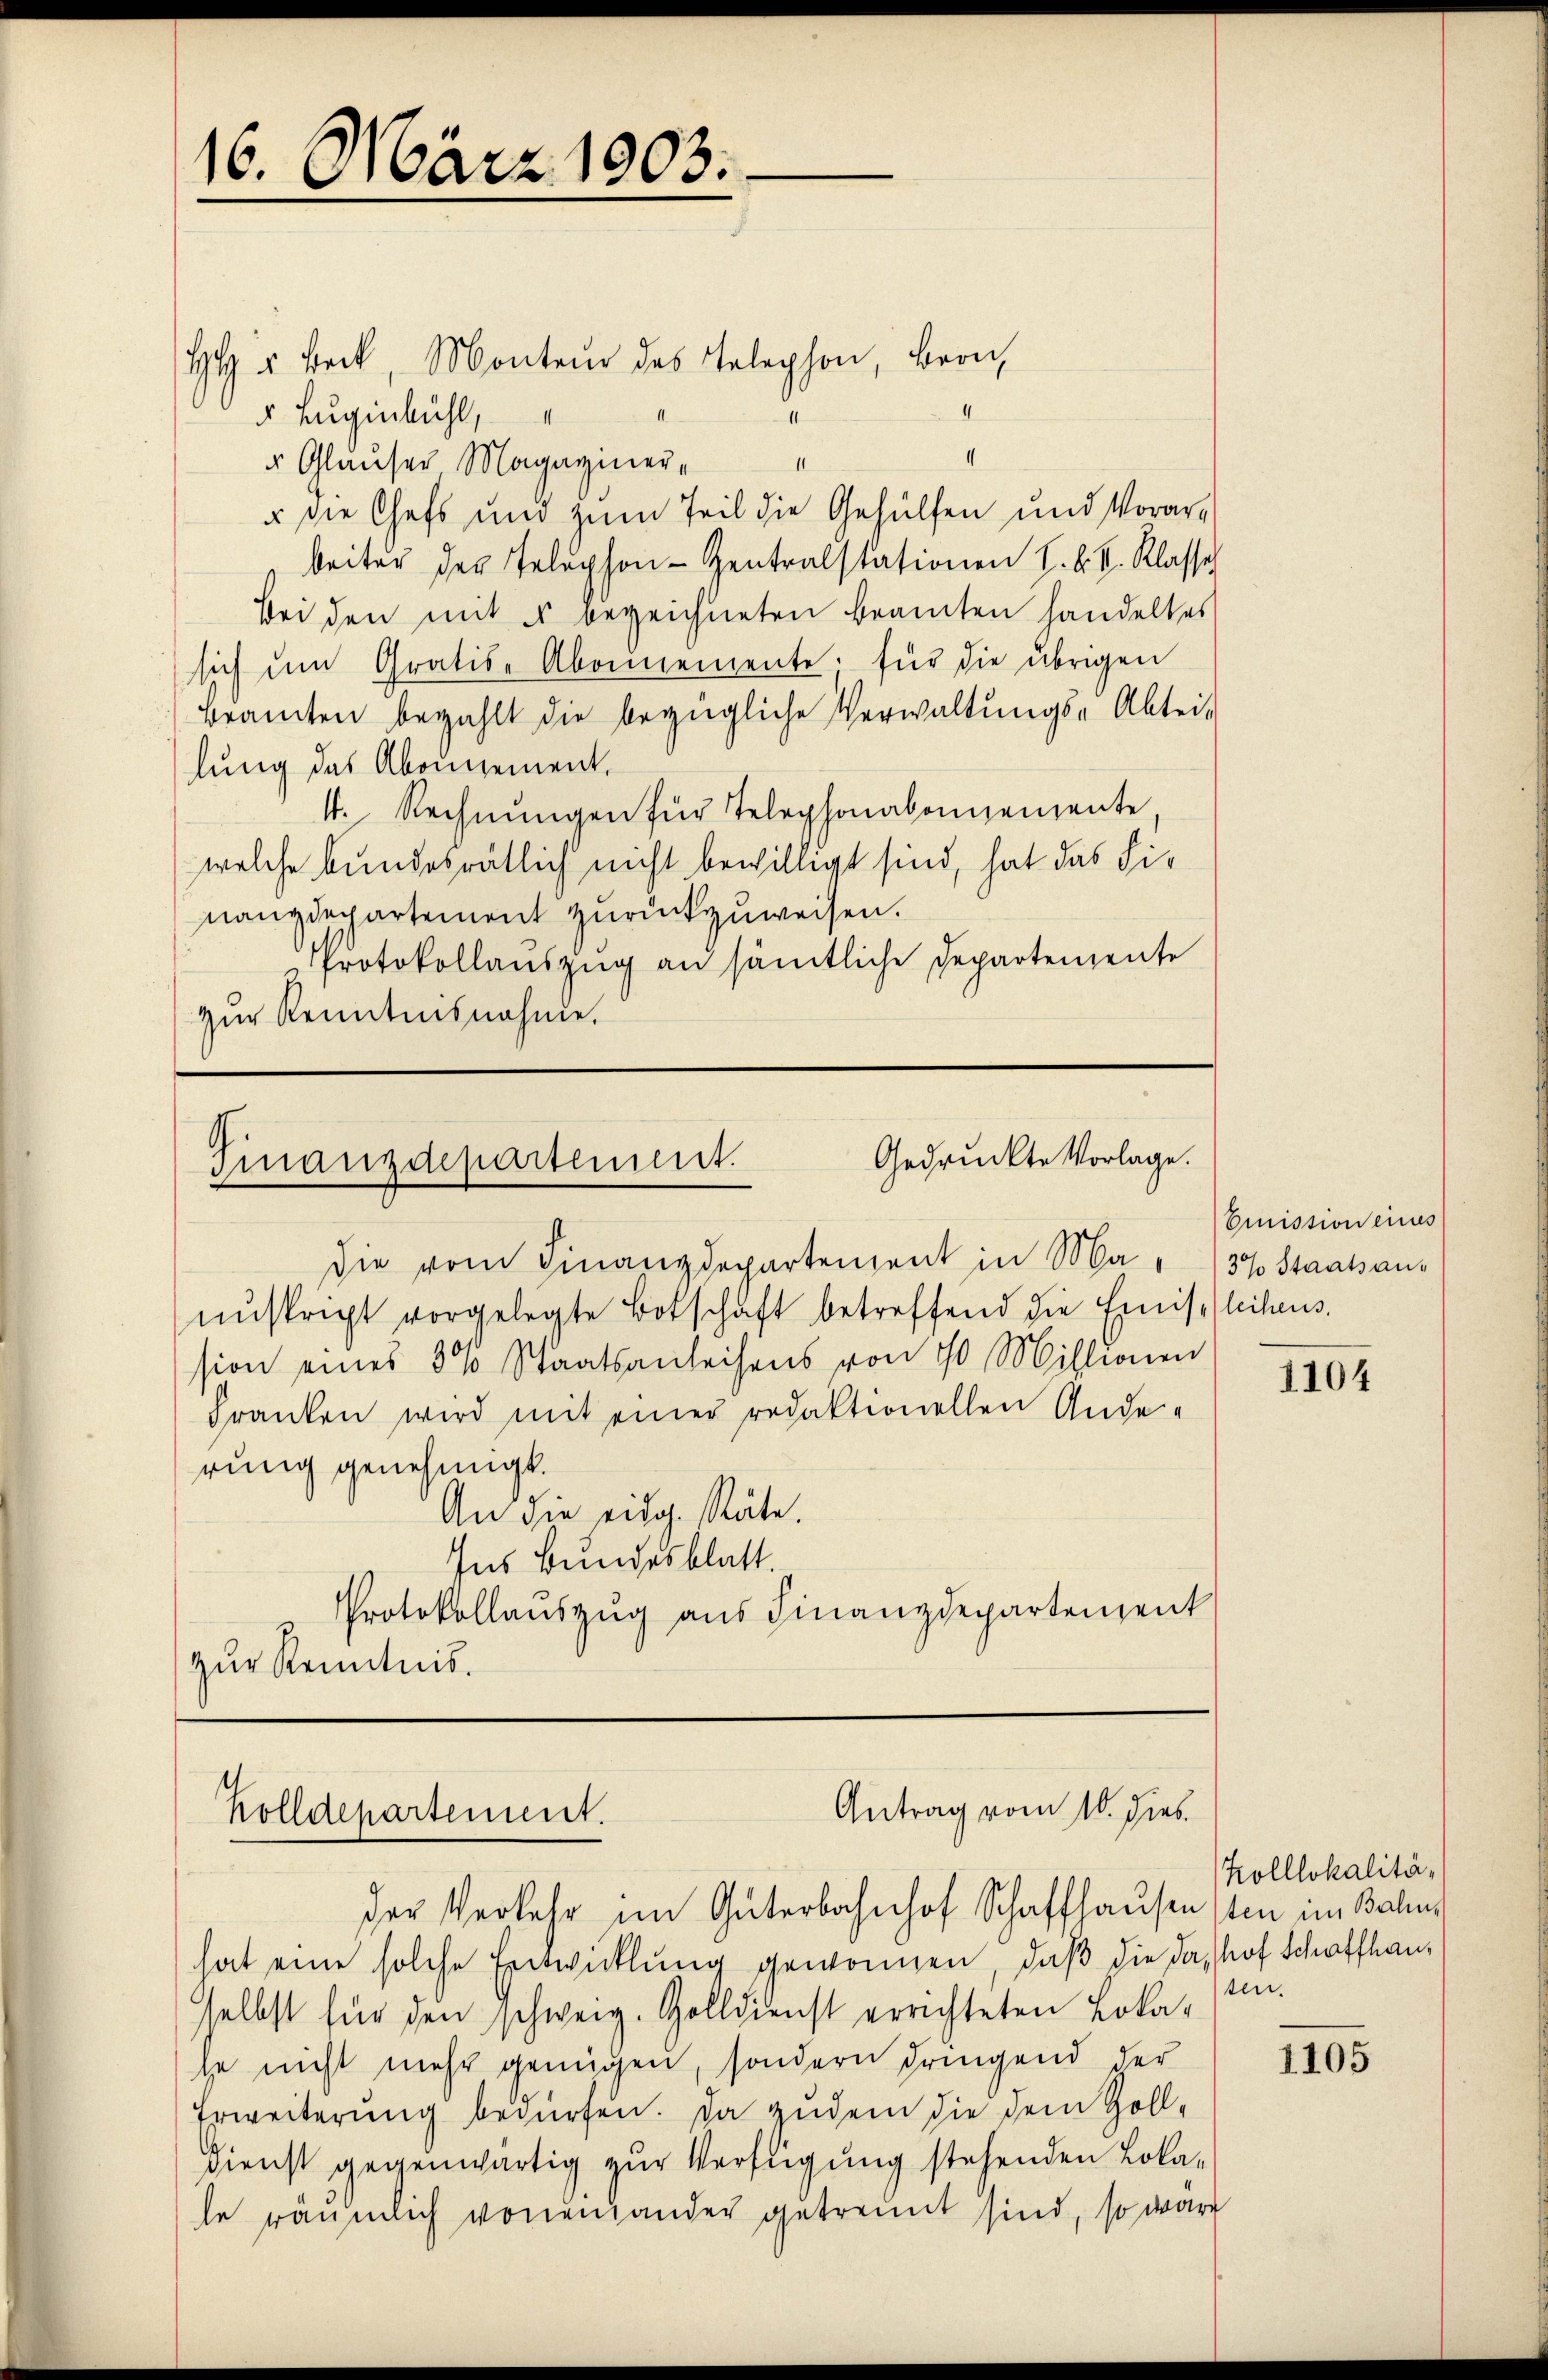
HH " Beck, Monteŭr des Telephon, Bron
4
 Eugenbühl,
II
" Glauser Magaziner¬
II
 die Chefs und zum Teil die Gehülfen und Vorarbeiter der Telephon- Zentralstationen k. k. k. Klasse
Bei den mit es bezeichneten beamten handeltes
sich um Gratis-Abonnemente für die übrigen
bramten bezahlt die bezügliche Verwaltungs-Abtei-
lung des Abonnement.
4. Rechnŭngen für Telephonabonnemente,
welche bundesrätlich nicht bewilligt sind, hat das Finanzdepartement zurückzuweisen.
Protokollauszug an sämtliche Departemente
zur Kenntnisnahme.

16. März 1903.

Gedrückte Vorlage.
Finanzdepartement.

die vom Finanzdepartement in Ma " 137 Staatsannuskript vorgelegte Botschaft betreffend die Einis leichens
sion eines 5 % Staatsanleihens von 10 Millionen
Franken wird mit einer redaktionellen Anderung genehmigt.
An die eidg. Räte.
Ins Bundesblatt.
Protokollauszug aus Finanzdepartenzent
zur Kenntnis.

hat eine solche Entwicklung gewonnen, daß die das hof Schaffhauselbst für den schweig. Zolldienst errichteten Loka-
he nicht mehr genügen, sondern dringend der
Erweiterung bedürfen. Da zudem die dem Zoll¬
Dienst gegenwärtig zur Verfligung stehenden Lola-
le räumlich voneinander getrennt sind, so wäre

Antrag vom 10. dies
Zolldepartement.

der Verkehr im Güterbahnhof Schaffhausen sten im Bahns

Emission eines

1104

Kolllokalitäten.

1105